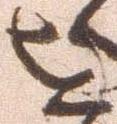
を